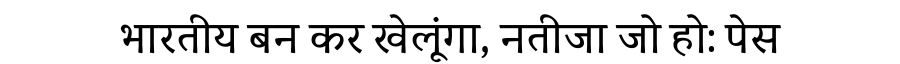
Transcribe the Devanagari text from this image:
भारतीय बन कर खेलूंगा, नतीजा जो हो: पेस